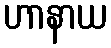
ဟာနာယ